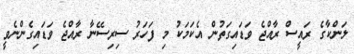
ލަންކާގެ ރައީސް ރާއްޖެ ވަޑައިގަތުން އެކަމަކު މި ފަހަރު ސިރިސޭނާ ރާއްޖެ ވަޑައިގެންނެވީ